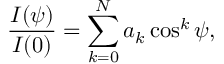
{ \frac { I ( \psi ) } { I ( 0 ) } } = \sum _ { k = 0 } ^ { N } a _ { k } \cos ^ { k } \psi ,